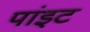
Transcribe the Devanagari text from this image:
पांइट